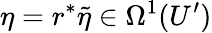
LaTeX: \eta=r^{*}\tilde{\eta}\in\Omega^{1}(U^{\prime})